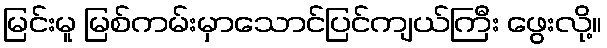
မြင်းမူ မြစ်ကမ်းမှာသောင်ပြင်ကျယ်ကြီး ဖွေးလို့။